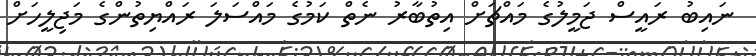
ނައިބު ރައީސް ޖަމީލުގެ މައްޗަށް އިތުބާރު ނެތް ކަމުގެ މައްސަލަ ރައްޔިތުންގެ މަޖިލީހަށް